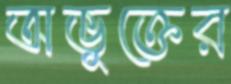
অভুক্তের